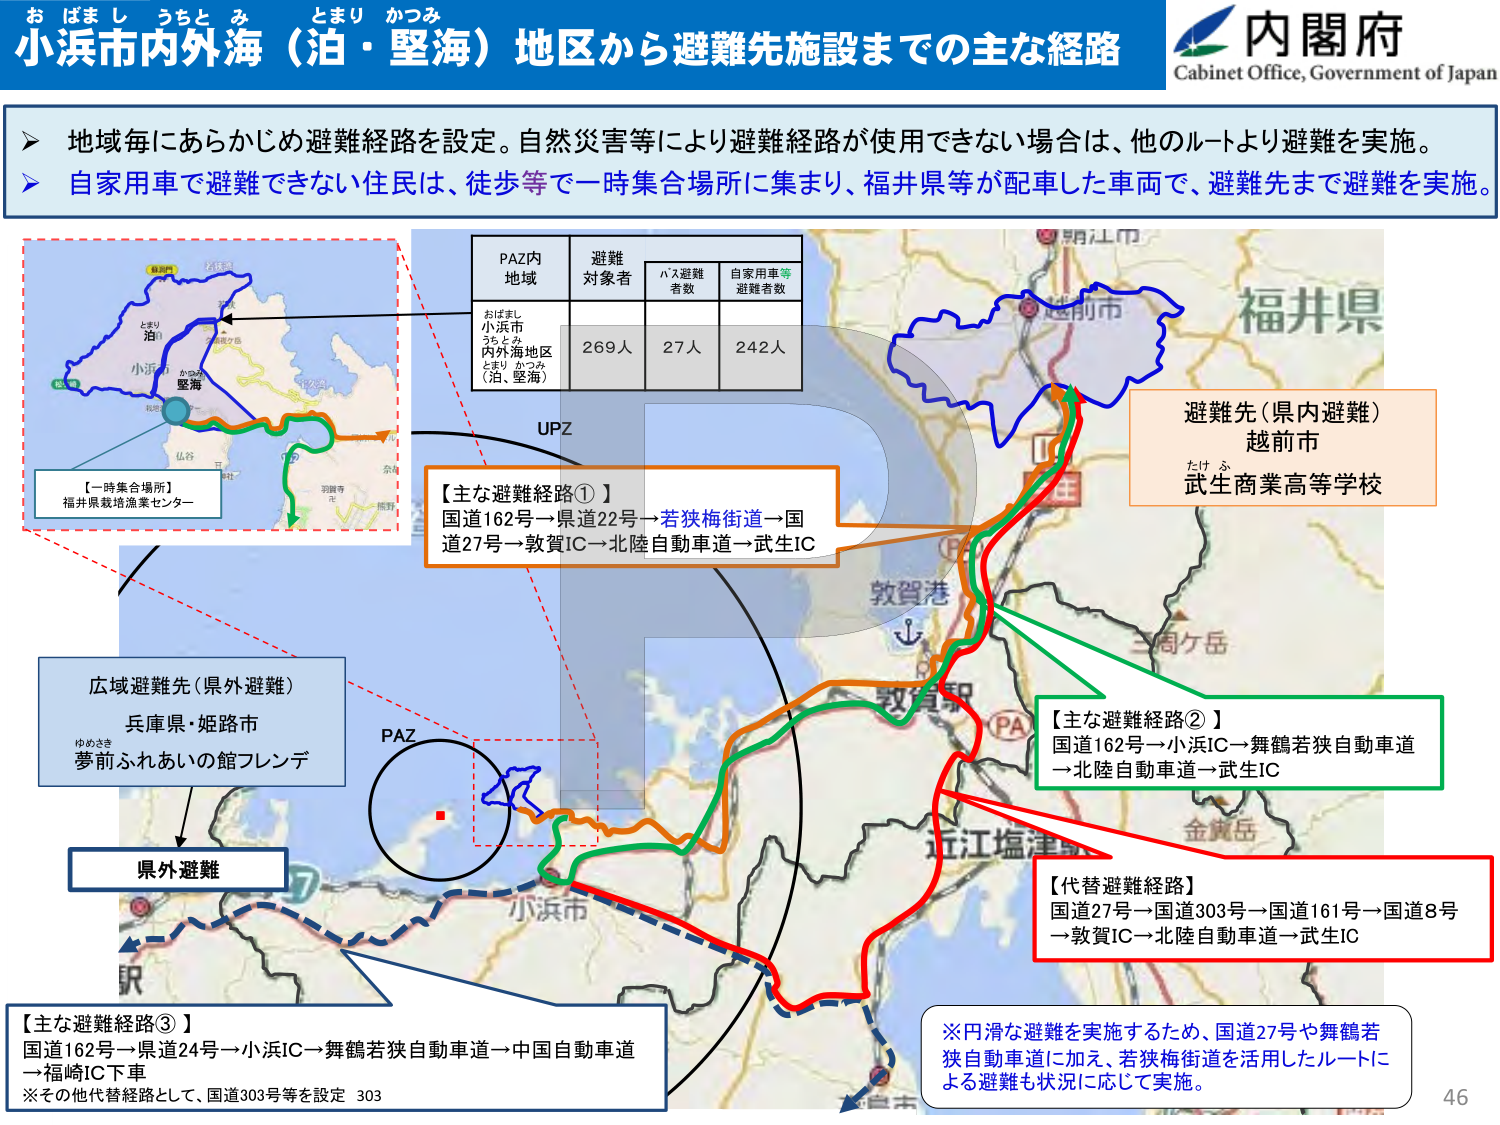
おはまし うちとみ とまり かつみ
小浜市内外海（泊・堅海）地区から避難先施設までの主な経路
内閣府
Cabinet Office, Government of Japan

地域毎にあらかじめ避難経路を設定。自然災害等により避難経路が使用できない場合は、他のルートより避難を実施。
自家用車で避難できない住民は、徒歩等で一時集合場所に集まり、福井県等が配車した車両で、避難先まで避難を実施。

PAZ内
地域
避難
対象者
バス避難
者数
自家用車等
避難者数
おはまし
小浜市
うちとみ
内外海地区
とまり かつみ
（泊・堅海）
269人
27人
242人

UPZ

【一時集合場所】
福井県栽培漁業センター

【主な避難経路①】
国道162号→県道22号→若狭梅街道→国道27号→敦賀IC→北陸自動車道→武生IC

避難先（県内避難）
越前市
たけふ
武生商業高等学校

広域避難先（県外避難）
兵庫県・姫路市
ゆめさき
夢前ふれあいの館フレンデ

PAZ

【主な避難経路②】
国道162号→小浜IC→舞鶴若狭自動車道→北陸自動車道→武生IC

県外避難

【主な避難経路③】
国道162号→県道24号→小浜IC→舞鶴若狭自動車道→中国自動車道→福崎IC下車
※その他代替経路として、国道303号等を設定 303

【代替避難経路】
国道27号→国道303号→国道161号→国道8号→敦賀IC→北陸自動車道→武生IC

※円滑な避難を実施するため、国道27号や舞鶴若狭自動車道に加え、若狭梅街道を活用したルートによる避難も状況に応じて実施。

46